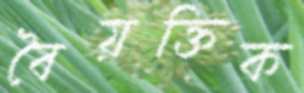
বৈয়ক্তিক